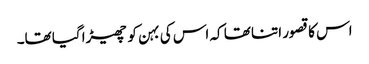
اس کا قصور اتنا تھا کہ اس کی بہن کو چھیڑا گیا تھا۔